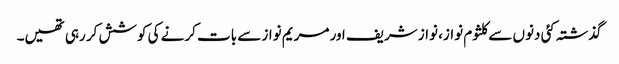
گذشتہ کئی دنوں سے کلثوم نواز، نواز شریف اور مریم نواز سے بات کرنے کی کوشش کر رہی تھیں۔